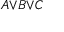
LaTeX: \scriptstyle A \lor B \lor C